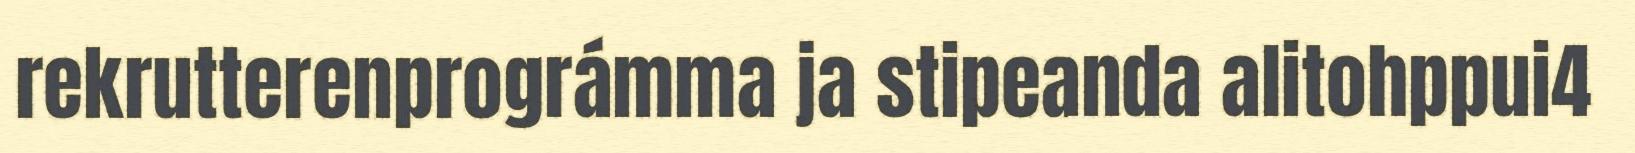
rekrutterenprográmma ja stipeanda alitohppui4